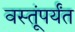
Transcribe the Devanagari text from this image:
वस्तूंपर्यंत